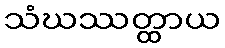
သံဃဿတ္ထာယ